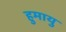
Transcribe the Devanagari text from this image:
हुमायु